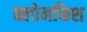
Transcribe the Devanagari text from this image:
क्लोनफिश